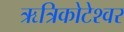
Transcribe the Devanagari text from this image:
ऋत्रिकोटेश्‍वर